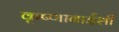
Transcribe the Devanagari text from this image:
कृष्णाबाईशी